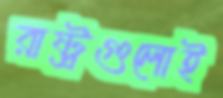
রাষ্ট্রগুলোই